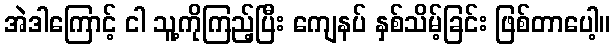
အဲဒါကြောင့် ငါ သူ့ကိုကြည့်ပြီး ကျေနပ် နှစ်သိမ့်ခြင်း ဖြစ်တာပေါ့။